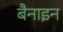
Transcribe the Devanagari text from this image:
बैनाइन